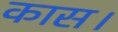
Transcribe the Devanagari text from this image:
कास।